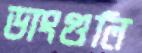
ডাংগুলি